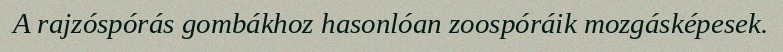
A rajzóspórás gombákhoz hasonlóan zoospóráik mozgásképesek.